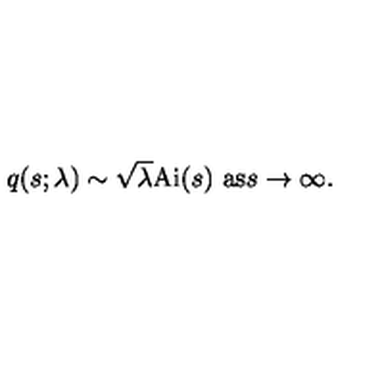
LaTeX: q ( s ; \lambda ) \sim \sqrt { \lambda } \mathrm { A i } ( s ) \ \mathrm { a s } s \rightarrow \infty .